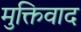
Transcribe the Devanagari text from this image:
मुक्तिवाद